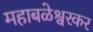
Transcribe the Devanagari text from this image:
महाबळेश्वरकर